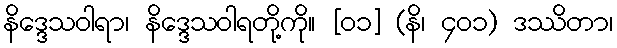
နိဒ္ဒေသဝါရာ၊ နိဒ္ဒေသဝါရတို့ကို။ [၀၁] (နိ၊ ၄၀၁) ဒဿိတာ၊